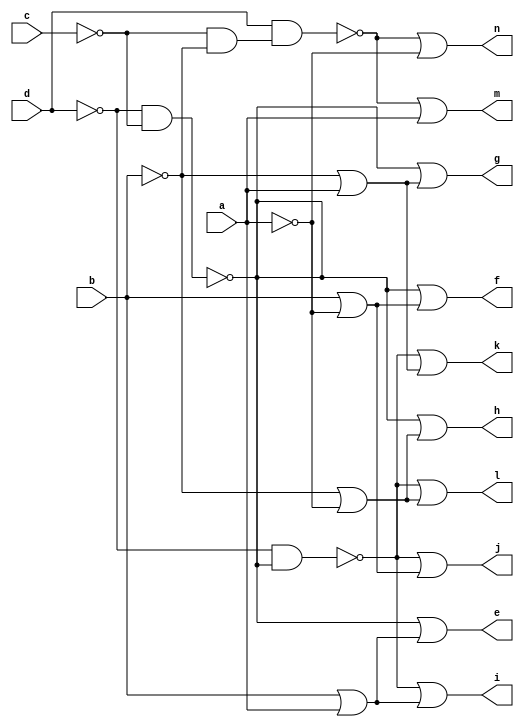
// IWLS benchmark module "CM42" printed on Wed May 29 16:31:28 2002
module CM42(a, b, c, d, e, f, g, h, i, j, k, l, m, n);
input
  a,
  b,
  c,
  d;
output
  e,
  f,
  g,
  h,
  i,
  j,
  k,
  l,
  m,
  n;
wire
  o0,
  \[7] ,
  p0,
  \[8] ,
  \[9] ,
  \[0] ,
  \[1] ,
  \[2] ,
  \[3] ,
  \[4] ,
  \[5] ,
  n0,
  \[6] ;
assign
  o0 = ~d & ~c,
  \[7]  = ~p0 | (~b | ~a),
  p0 = ~d & ~o0,
  \[8]  = ~n0 | a,
  \[9]  = ~n0 | ~a,
  \[0]  = ~o0 | (b | a),
  \[1]  = ~o0 | (b | ~a),
  e = \[0] ,
  f = \[1] ,
  g = \[2] ,
  h = \[3] ,
  i = \[4] ,
  j = \[5] ,
  k = \[6] ,
  l = \[7] ,
  m = \[8] ,
  n = \[9] ,
  \[2]  = ~o0 | (~b | a),
  \[3]  = ~o0 | (~b | ~a),
  \[4]  = ~p0 | (b | a),
  \[5]  = ~p0 | (b | ~a),
  n0 = d & (~c & ~b),
  \[6]  = ~p0 | (~b | a);
endmodule